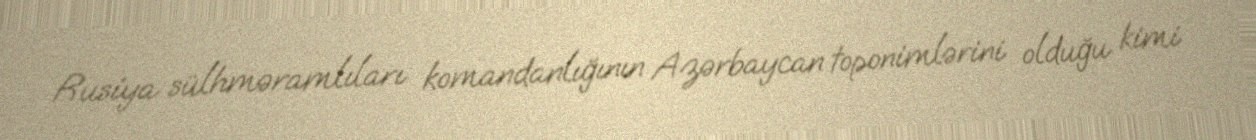
Rusiya sülhməramlıları komandanlığının Azərbaycan toponimlərini olduğu kimi